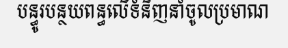
បន្ធូរបន្ថយពន្ធលើទំនិញនាំចូលប្រមាណ